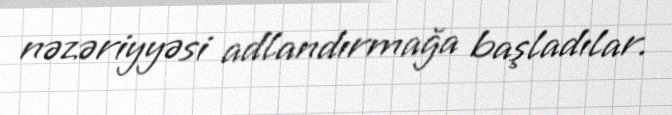
nəzəriyyəsi adlandırmağa başladılar.